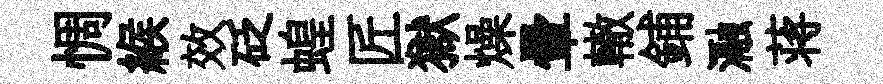
惆緱效砭蝗匠獄燥暈轍鋪瀜蒋